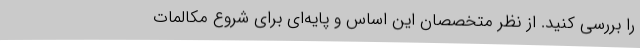
را بررسی کنید. از نظر متخصصان این اساس و پایه‌ای برای شروع مکالمات